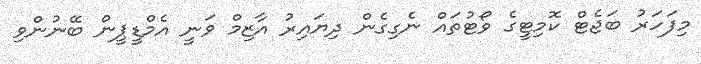
މިފަހަރު ބަޖެޓް ކޮމިޓީގެ ވޯޓުތައް ނެގިގެން ދިޔައިރު އާޒިމް ވަނީ އެމްޑީޕީން ބޭނުންވި